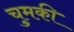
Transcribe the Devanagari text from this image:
चुमकी